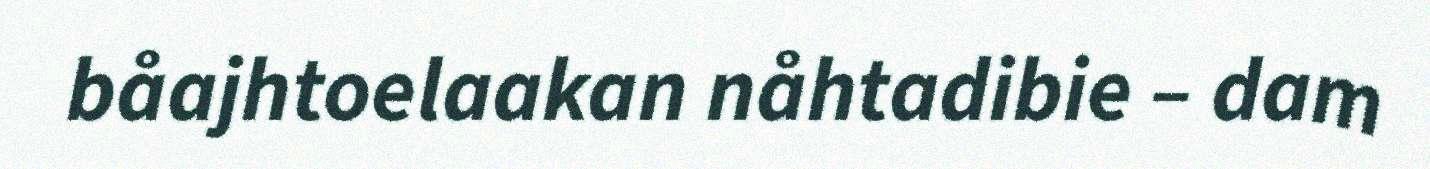
båajhtoelaakan nåhtadibie – dam